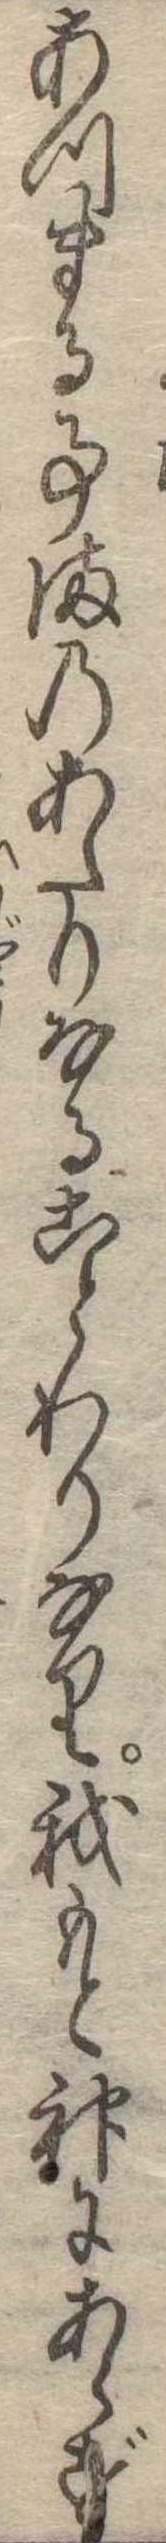
あつまる事まのあたりなることわりなり我もと神にあらず